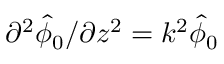
\partial ^ { 2 } \hat { \phi } _ { 0 } / \partial z ^ { 2 } = k ^ { 2 } \hat { \phi } _ { 0 }